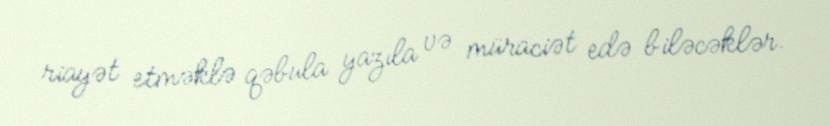
riayət etməklə qəbula yazıla və müraciət edə biləcəklər.